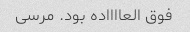
فوق العااااده بود. مرسی